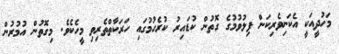
މަހުދީއަކީ އެކަނިވެރިކަން ފިލުވުމުގެ ގޮތުން ކުޑައިރު ކުރެހުމުގައި ހަރަކާތްތެރިވި މީހެކެވެ. މިގޮތުން އުމުރުން